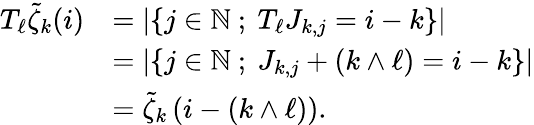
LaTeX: \begin{array}{rl}{T_{\ell}\tilde{\zeta}_{k}(i)}&{=\left|\left\{ j\in{\mathbb{N}}\ ;\ T_{\ell}J_{k,j}=i-k\right\} \right|}\\ &{=\left|\left\{ j\in{\mathbb{N}}\ ;\ J_{k,j}+(k\wedge\ell)=i-k\right\} \right|}\\ &{=\tilde{\zeta}_{k}\left(i-(k\wedge\ell)\right).}\end{array}